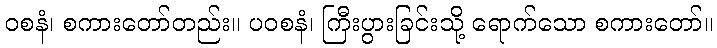
ဝစနံ၊ စကားတော်တည်း။ ပဝစနံ၊ ကြီးပွားခြင်းသို့ ရောက်သော စကားတော်။